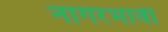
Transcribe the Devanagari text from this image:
नागरभावी